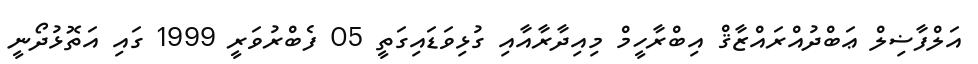
އަލްފާޟިލް ޢަބްދުއްރައްޒާޤް އިބްރާހީމް މިއިދާރާއާއި ގުޅިވަޑައިގަތީ 05 ފެބްރުވަރީ 1999 ގައި އަތޮޅުދޯނީ